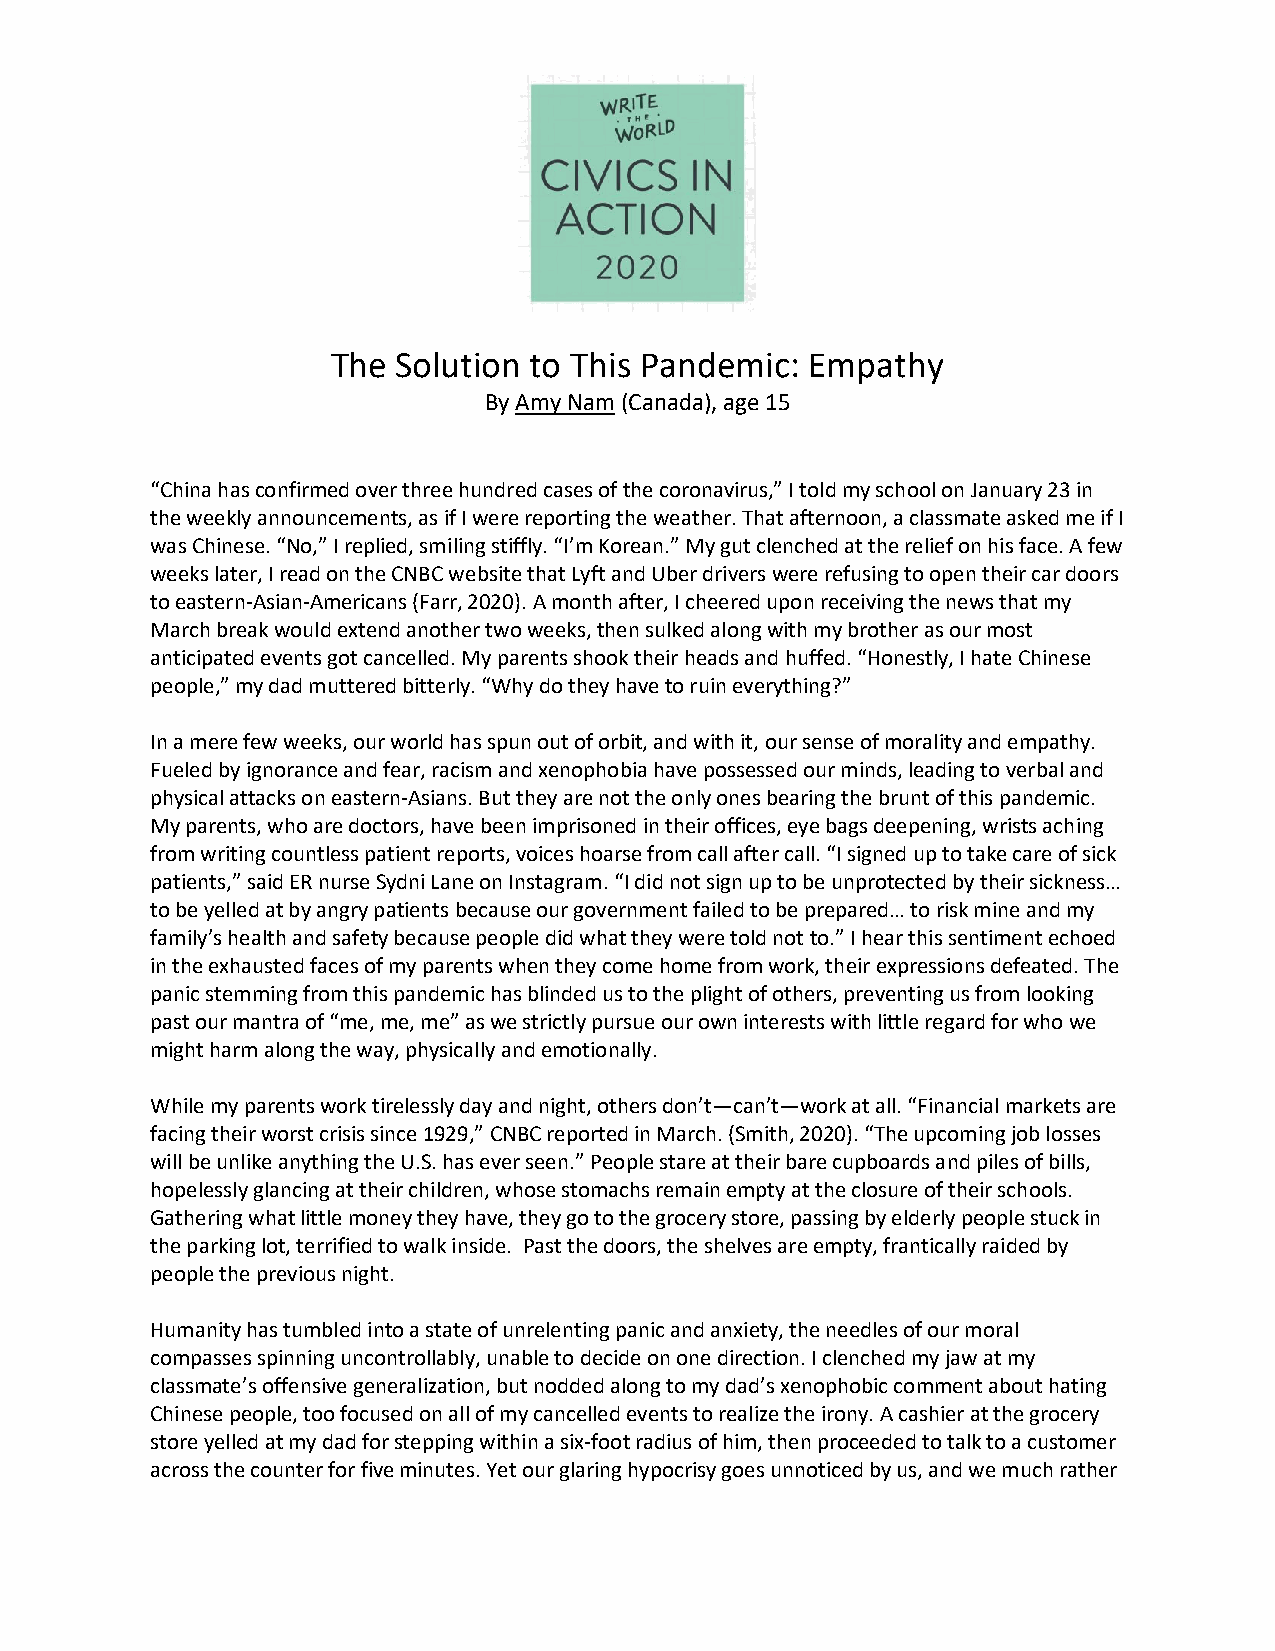
The Solution to This Pandemic:  Empathy
 By Amy Nam (Canada), age 15
 “China has confirmed over three hundred cases of the coronavirus,” I told my school on January 23 in
 the weekly announcements, as if I were reporting the weather. That afternoon, a classmate asked me if I
 was Chinese. “No,” I replied, smiling stiffly. “I’m Korean.” My gut clenched at the relief on his face. A few
 weeks later, I read on the CNBC website that Lyft and Uber drivers were refusing to open their car doors
 to eastern-Asian-Americans (Farr, 2020). A month after, I cheered upon receiving the news that my
 March break would extend another two weeks, then sulked along with my brother as our most
 anticipated events got cancelled. My parents shook their heads and huffed. “Honestly, I hate Chinese
 people,” my dad muttered bitterly. “Why do they have to ruin everything?”
 In a mere few weeks, our world has spun out of orbit, and with it, our sense of morality and empathy.
 Fueled by ignorance and fear, racism and xenophobia have possessed our minds, leading to verbal and
 physical attacks on eastern-Asians. But they are not the only ones bearing the brunt of this pandemic.
 My parents, who are doctors, have been imprisoned in their offices, eye bags deepening, wrists aching
 from writing countless patient reports, voices hoarse from call after call. “I signed up to take care of sick
 patients,” said ER nurse Sydni Lane on Instagram. “I did not sign up to be unprotected by their sickness…
 to be yelled at by angry patients because our government failed to be prepared… to risk mine and my
 family’s health and safety because people did what they were told not to.” I hear this sentiment echoed
 in the exhausted faces of my parents when they come home from work, their expressions defeated. The
 panic stemming from this pandemic has blinded us to the plight of others, preventing us from looking
 past our mantra of “me, me, me” as we strictly pursue our own interests with little regard for who we
 might harm along the way, physically and emotionally.
 While my parents work tirelessly day and night, others don’t—can’t—work at all. “Financial markets are
 facing their worst crisis since 1929,” CNBC reported in March. (Smith, 2020). “The upcoming job losses
 will be unlike anything the U.S. has ever seen.” People stare at their bare cupboards and piles of bills,
 hopelessly glancing at their children, whose stomachs remain empty at the closure of their schools.
 Gathering what little money they have, they go to the grocery store, passing by elderly people stuck in
 the parking lot, terrified to walk inside. Past the doors, the shelves are empty, frantically raided by
 people the previous night.
 Humanity has tumbled into a state of unrelenting panic and anxiety, the needles of our moral
 compasses spinning uncontrollably, unable to decide on one direction. I clenched my jaw at my
 classmate’s offensive generalization, but nodded along to my dad’s xenophobic comment about hating
 Chinese people, too focused on all of my cancelled events to realize the irony. A cashier at the grocery
 store yelled at my dad for stepping within a six-foot radius of him, then proceeded to talk to a customer
 across the counter for five minutes. Yet our glaring hypocrisy goes unnoticed by us, and we much rather